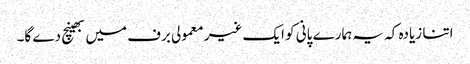
اتنا زیادہ کہ یہ ہمارے پانی کو ایک غیر معمولی برف میں بھینچ دے گا۔